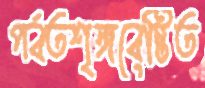
পর্বতশৃঙ্গবেষ্টিত